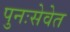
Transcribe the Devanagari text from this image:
पुनःसेवेत